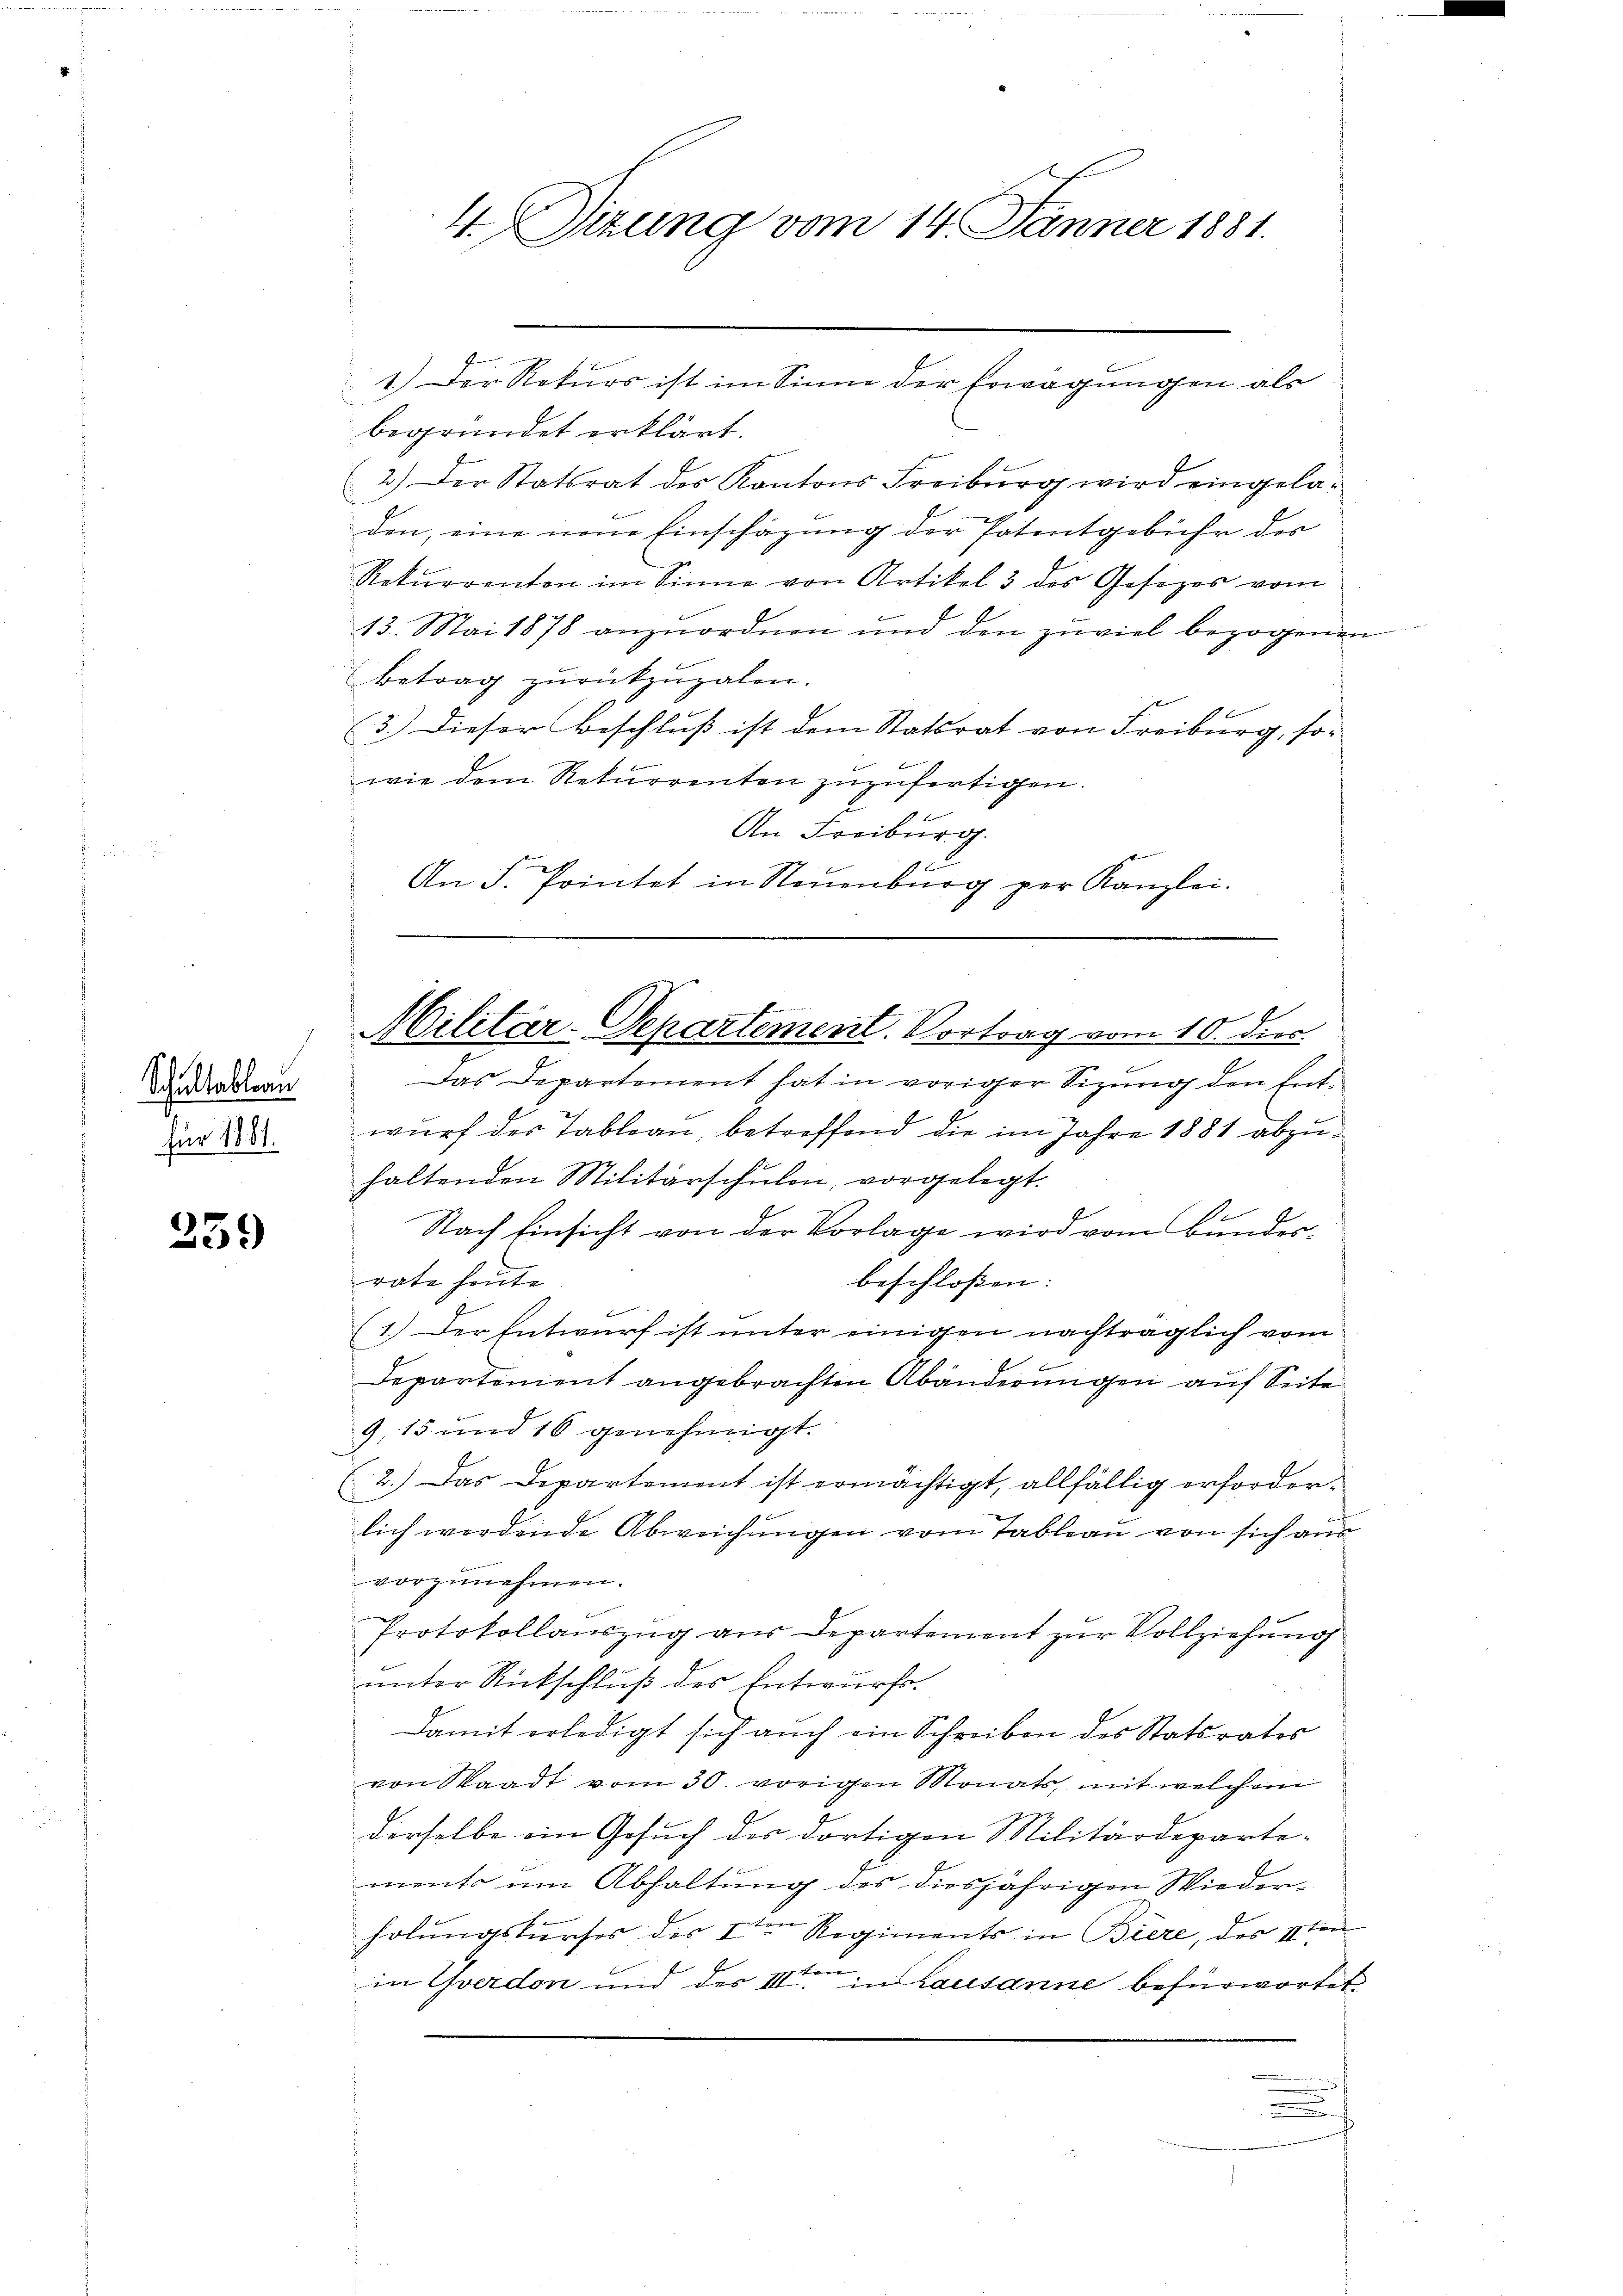
Schullableau
für 1861.

259

begründet erklärt.
(2.) Der Statsrat des Kantons Freiburg wird eingeladen, eine neue Einschazung der Patentgebühr der
Rekurrenten im Sinne von Artikel 3 des Gesetzes vom
13. Mai 1878 anzŭordnen und den zuviel bezogenen
betrag zŭrückzŭzalen.
(3.) Dieser Beschluß ist dem Statsrat von Freiburg, so-
wie dem Rekurrenten zuzufertigen.
An Freiburg.
An F. Pointet in Neuenburg per Kanzlei.

Das Departement hat in voriger Sizung den Entwurf der Tableau, betreffend die im Jahre 1881 abzuhaltenden Militärschulen, vorgelegt.
Nach Einsicht von der Vorlage wird vom Bunderrate heute
beschloßen:
(1.) Der Entwurf ist unter einigen nachträglich vom
Departement angebrachten Abänderungen auf Seite
9,15 und 16 genehmigt.
(2.) Das Departement ist ermächtigt, allfällig erforderlich werdende Abweichungen vom Tableau von sich aus
vorzunehmen.
Protokollauszug aus Departement zur Vollziehung
unter Rückschluß des Entwurfs.
Damit erledigt sich aŭch ein Schreiben des Statsrates
von Staadt vom 30. vorigen Monats, mit welchem
derselbe ein Gesuch des dortigen Militärdepartements um Abhaltung des diesjährigen Wieder¬
.
holungskurses des 1ten Regiments in Biere, des 1ten
in Yverdon und der IIIten in Lausanne befürwortet
e
f

4. Sizung vom 14. Jänner 1881.

1.) Der Rekurs ist im Sinne der Erwägungen als

Militär-Departement. Vortrag vom 10. dies